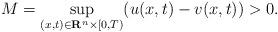
LaTeX: \begin{align*}M=\sup_{(x,t)\in \mathbf{R}^n \times [0,T)}(u(x,t)-v(x,t))>0.\end{align*}